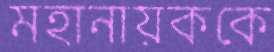
মহানায়ককে